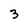
Character: 3